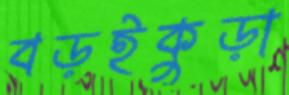
বড়ইকুড়া